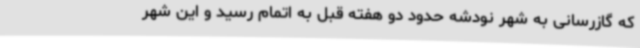
که گازرسانی به شهر نودشه حدود دو هفته قبل به اتمام رسید و این شهر